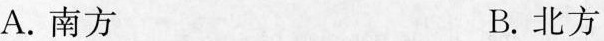
A.南方 B.北方